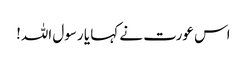
اس عورت نے کہا یا رسول اللہ!